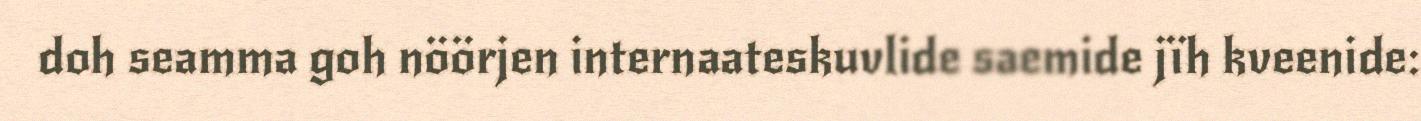
doh seamma goh nöörjen internaateskuvlide saemide jïh kveenide: